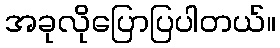
အခုလိုပြောပြပါတယ်။